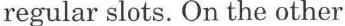
regular slots. On the other